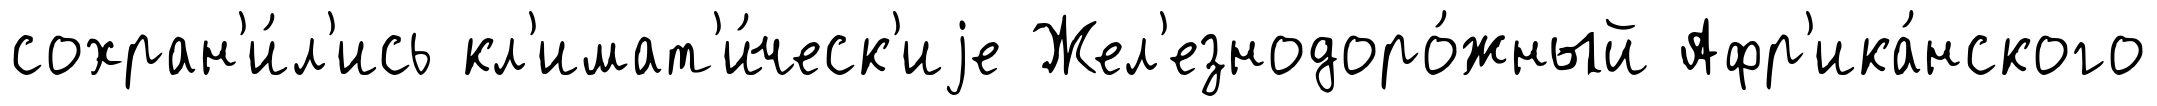
сохран'и́л'ись кл'имат'и́ческ'иjе Жел'езнодоро́жный Афр'ика́нского